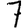
Digit: 7